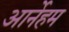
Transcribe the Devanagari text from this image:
आर्नेहम